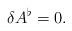
LaTeX: \begin{align*}\delta A^\flat=0.\end{align*}